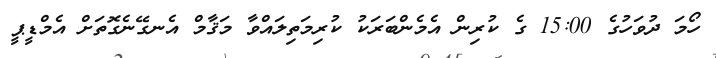
ހޯމަ ދުވަހުގެ 15:00 ގެ ކުރިން އެމެންބަރަކު ކުރިމަތިލައްވާ މަޤާމް އެނގޭނެގޮތަށް އެމްޑީޕީ